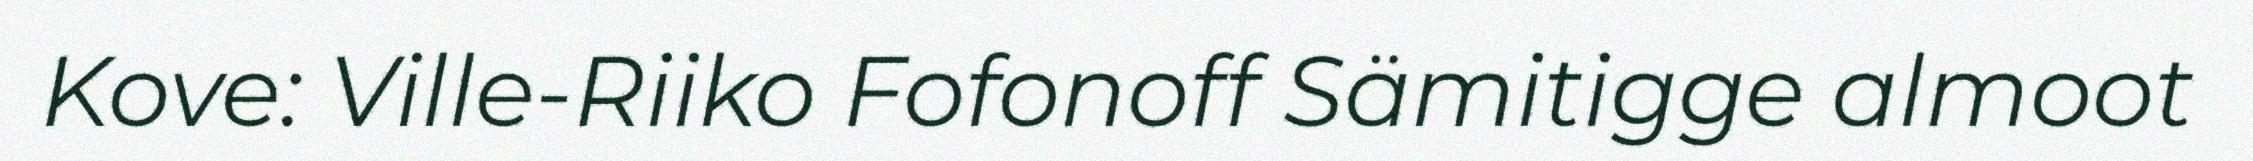
Kove: Ville-Riiko Fofonoff Sämitigge almoot